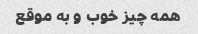
همه چیز خوب و به موقع